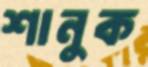
শানুক